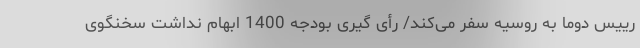
رییس دوما به روسیه سفر می‌کند/ رأی گیری بودجه 1400 ابهام نداشت سخنگوی